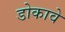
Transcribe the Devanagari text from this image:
डोकावे